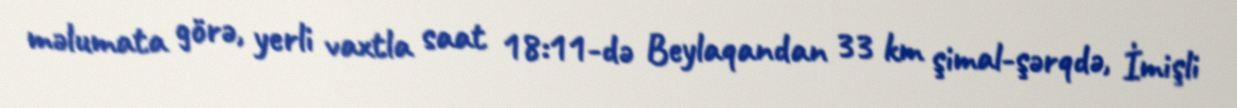
məlumata görə, yerli vaxtla saat 18:11-də Beylaqandan 33 km şimal-şərqdə, İmişli